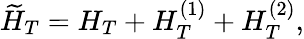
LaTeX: \widetilde H_{T}=H_{T}+H_{T}^{(1)}+H_{T}^{(2)},